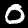
Label: 0